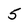
Character: 5